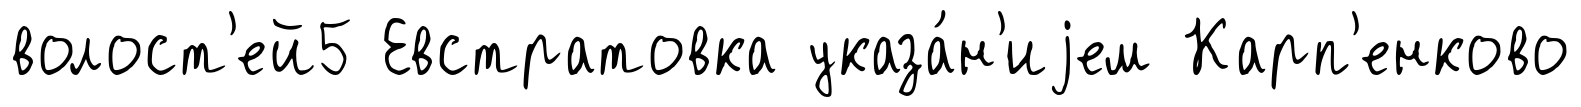
волост'ей5 Евстратовка указа́н'иjем Карп'енково